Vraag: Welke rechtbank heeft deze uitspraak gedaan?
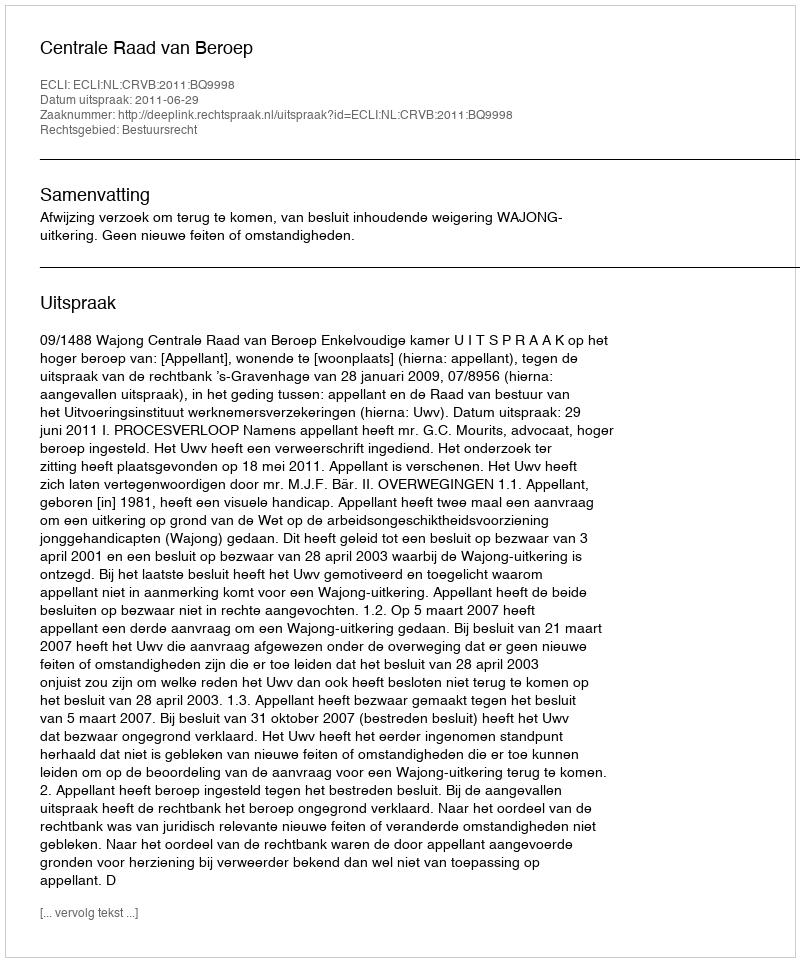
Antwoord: Centrale Raad van Beroep